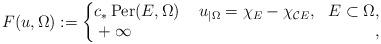
LaTeX: \begin{align*}F(u,\Omega):=\begin{cases}\begin{aligned}&c_*\,\textnormal{Per}(E,\Omega) &\,\,u_{|\Omega}=\chi_E-\chi_{\mathcal{C}E},\,\,\,\,E\subset\Omega,\\&+\infty\qquad&,\end{aligned}\end{cases}\end{align*}